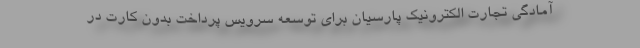
آمادگی تجارت الکترونیک پارسیان برای توسعه سرویس پرداخت بدون کارت در